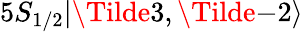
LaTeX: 5S_{1/2}|\Tilde{3},\Tilde{-2}\rangle